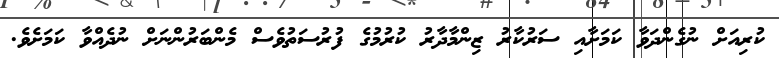
ކުރިއަށް ނުގެންދަވާ ކަމަށާއި ސަރުކާރު ޒިންމާދާރު ކުރުމުގެ ފުރުސަތުވެސް މެންބަރުންނަށް ނުދެއްވާ ކަމަށެވެ.